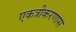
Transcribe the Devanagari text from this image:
एकत्रीकरणास